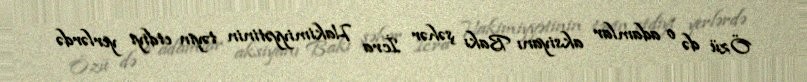
Özü də o adamlar aksiyanı Bakı şəhər İcra Hakimiyyətinin təyin etdiyi yerlərdə